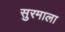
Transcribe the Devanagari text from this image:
सुरमाला